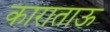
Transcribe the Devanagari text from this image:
काराताऊ